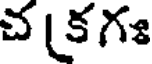
చ (కగః